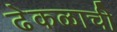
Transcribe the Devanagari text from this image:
ढेकळाची